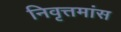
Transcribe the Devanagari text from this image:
निवृत्तमांस